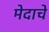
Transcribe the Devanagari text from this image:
मेदाचे